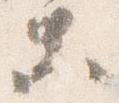
等